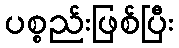
ပစ္စည်းဖြစ်ပြီး